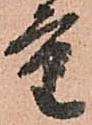
重